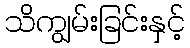
သိကျွမ်းခြင်းနှင့်